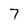
Character: 7